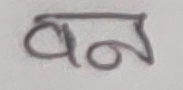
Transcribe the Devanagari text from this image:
बन